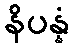
နိပန္နံ